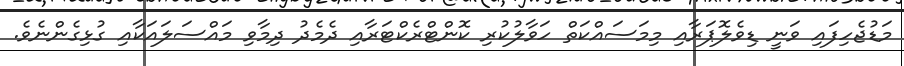
މަޑުޖެހިފައި ވަނީ ޑިވެލޮޕަރާއި މިމަސައްކަތް ހަވާލުކުރި ކޮންޓްރެކްޓަރާއި ދެމެދު ދިމާވި މައްސަލައަކާއި ގުޅިގެންނެވެ.